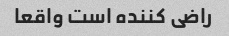
راضی کننده است واقعا